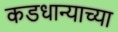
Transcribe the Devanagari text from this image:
कडधान्याच्या